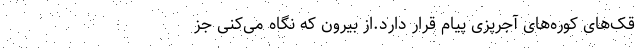
قک‌های کوره‌های آجرپزی پیام قرار دارد.از بیرون که نگاه می‌کنی جز